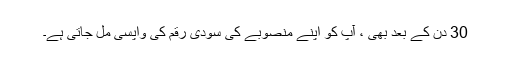
30 دن کے بعد بھی ، آپ کو اپنے منصوبے کی سودی رقم کی واپسی مل جاتی ہے۔